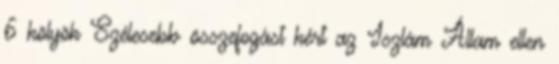
6 kölyök Szélesebb összefogást kért az Iszlám Állam ellen